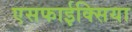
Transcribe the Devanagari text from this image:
एसफाईक्सिया